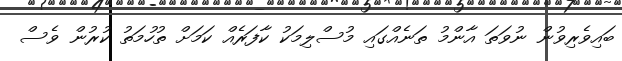
ބައިވެރިވުން ނުވަތަ އާންމު ތަނެއްގައި މުސްލިމަކު ކާފަރެއް ކަމަށް ތުހުމަތު ކުރުން ވެސް